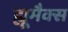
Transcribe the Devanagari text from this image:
ह्यूमैक्स